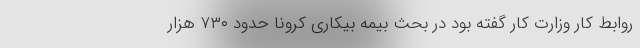
روابط کار وزارت کار گفته بود در بحث بیمه بیکاری کرونا حدود ۷۳۰ هزار